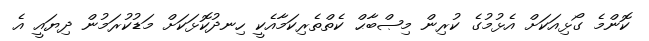
ކޮންމެ ގޯޅިއަކަށް އެޅުމުގެ ކުރިން މިޞްބާޙް ކެތްތެރިކަމާއެކީ ހިނދުކޮޅަކަށް މަޑުކުރަމުން ދިޔައީ އެ